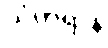
သံဟရာနိ